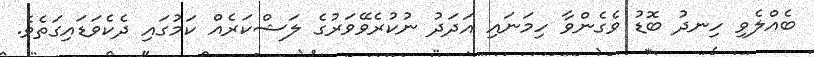
ބެއްލެވި ހިނދު ބޮޑު ވެގެންވާ ހިމަނައި އަދަދު ނުކުރެވޭވަރުގެ ލަޝްކަރެއް ކަމުގައި ދެކެވަޑައިގަތެވެ.